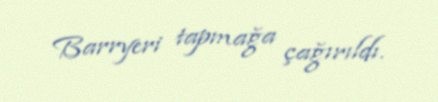
Barryeri tapmağa çağırıldı.